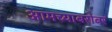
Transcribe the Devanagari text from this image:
आमच्याबरोबर